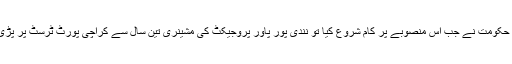
نواز شریف حکومت نے جب اس منصوبے پر کام شروع کیا تو نندی پور پاور پروجیکٹ کی مشینری تین سال سے کراچی پورٹ ٹرسٹ پر پڑی ہوئی تھی۔